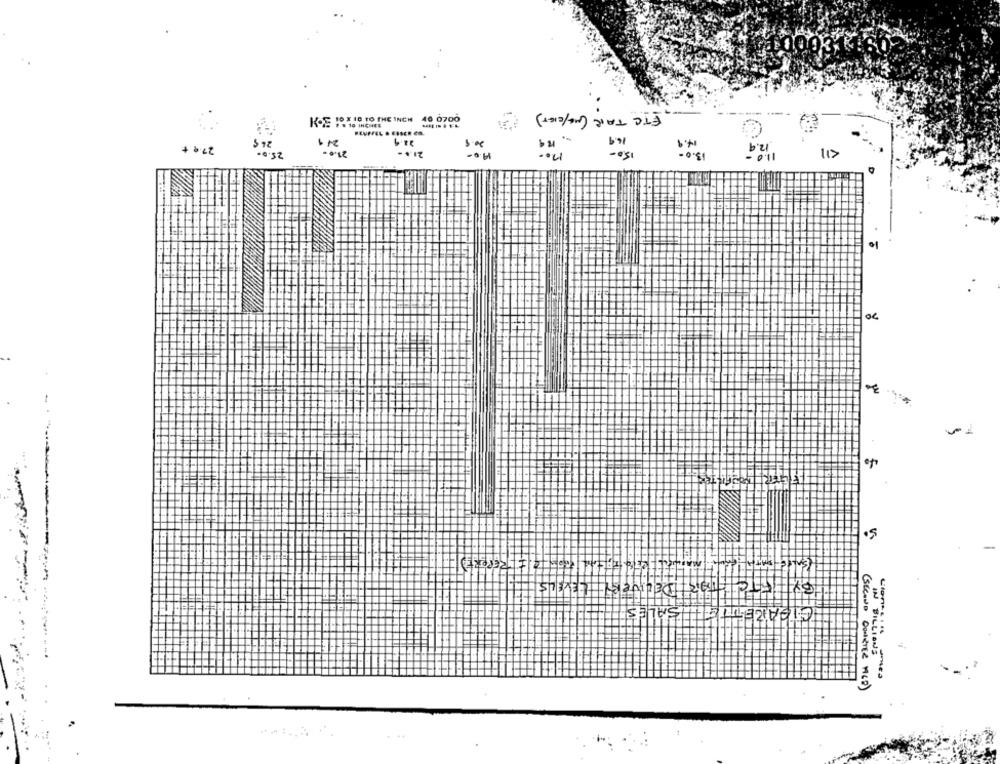
FTC TAK (14/CIET)
KOE 10 X 18 TO THE INCH 46 0700
# # 10 INCHES
169
1 4
14.9
27.¢ ₺
.4.32
- 0.81
of
CIGARETTE SALES
IN BILLIONS
(SECOND DOINTER MLD)